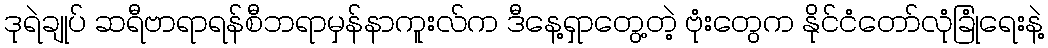
ဒုရဲချုပ် ဆရီဗာရာရန်စီဘရာမှန်နာကူးလ်က ဒီနေ့ရှာတွေ့တဲ့ ဗုံးတွေက နိုင်ငံတော်လုံခြုံရေးနဲ့